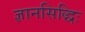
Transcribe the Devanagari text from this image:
ज्ञानसिद्धिः